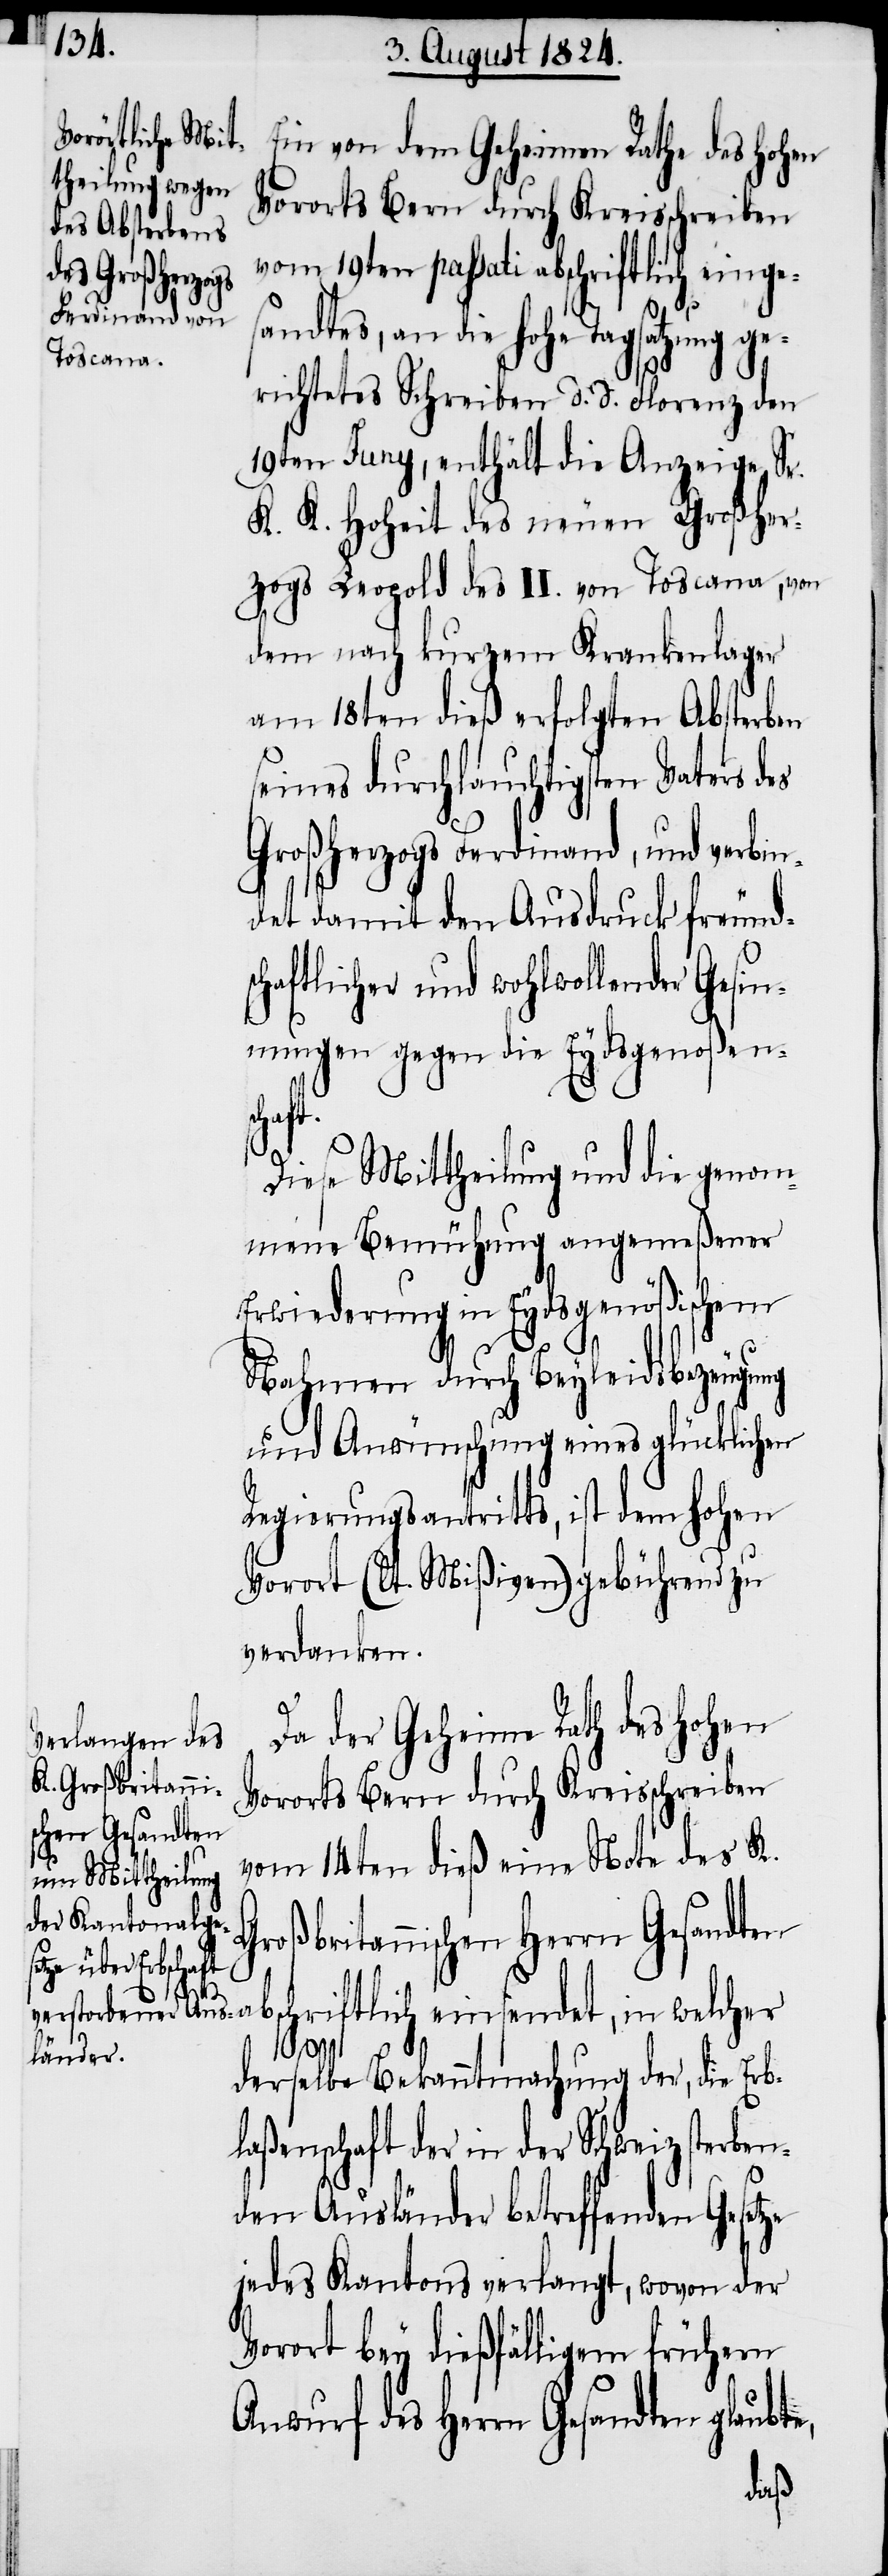
Ein von dem Geheimen Rathe des Hohen
vom 19ten passati abschriftlich einges¬
andtes, an die hohe Tagsatzung ge¬
richtetes Schreiben d. d. Florenz den
19ten Juny, enthält die Anzeige Sr.
K. K. Hoheit des neuen Großher¬
zogs Leopold des II. von Toscana, von
dem nach kurzem Krankenlager
am 18ten dieß erfolgten Absterben
seines durchlauchtigsten Vaters des
Großherzogs Ferdinand, und verbin¬
det damit den Ausdruck freunds¬
haftlicher und wohlwollender Gesi¬
nnungen gegen die Eydsgenoßen¬
ben¬
Diese Mittheilung und die genom¬
mene Bemühung angemeßener
Erwiederung in Eydsgenößischem
Nahmen durch Beyleidsbezeugung
und Anwünschung eines glücklichen
Regierungsantritts, ist dem hohen
Vorort (lt. Mißiven) gebührend zu
verdanken.
c¬
Da der Geheime Rath des Hohen
Vororts Bern durch Kreisschreiben
vom 14ten dieß eine Note des K.
oßbritannischen Herrn Gesandten
schriftlich einsendet, in welcher
derselbe Bekanntmachung der, die Erb¬
laßenschaft der in der Schweiz ster¬
den Ausländer betreffenden Gesetze
jedes Kantons verlangt, wovon der
Vorort bey dießfälligem frühern
Anwurf des Herrn Gesandten glaubte,